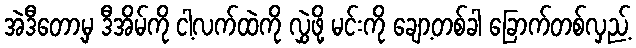
အဲဒီတော့မှ ဒီအိမ်ကို ငါ့လက်ထဲကို လွှဲဖို့ မင်းကို ချော့တစ်ခါ ခြောက်တစ်လှည့်